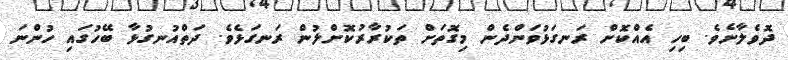
ދޮވެލާށެވެ. ބިހި އެއްކޮށް ރަނގަޅުވަންދެން މިގޮތަށް ތަކުރާރުކޮށްލުން ރަނގަޅެވެ. ދަތްއުނގުޅާ ބޭހުގައި ހުންނަ